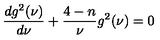
\frac { d g ^ { 2 } ( \nu ) } { d \nu } + \frac { 4 - n } { \nu } g ^ { 2 } ( \nu ) = 0